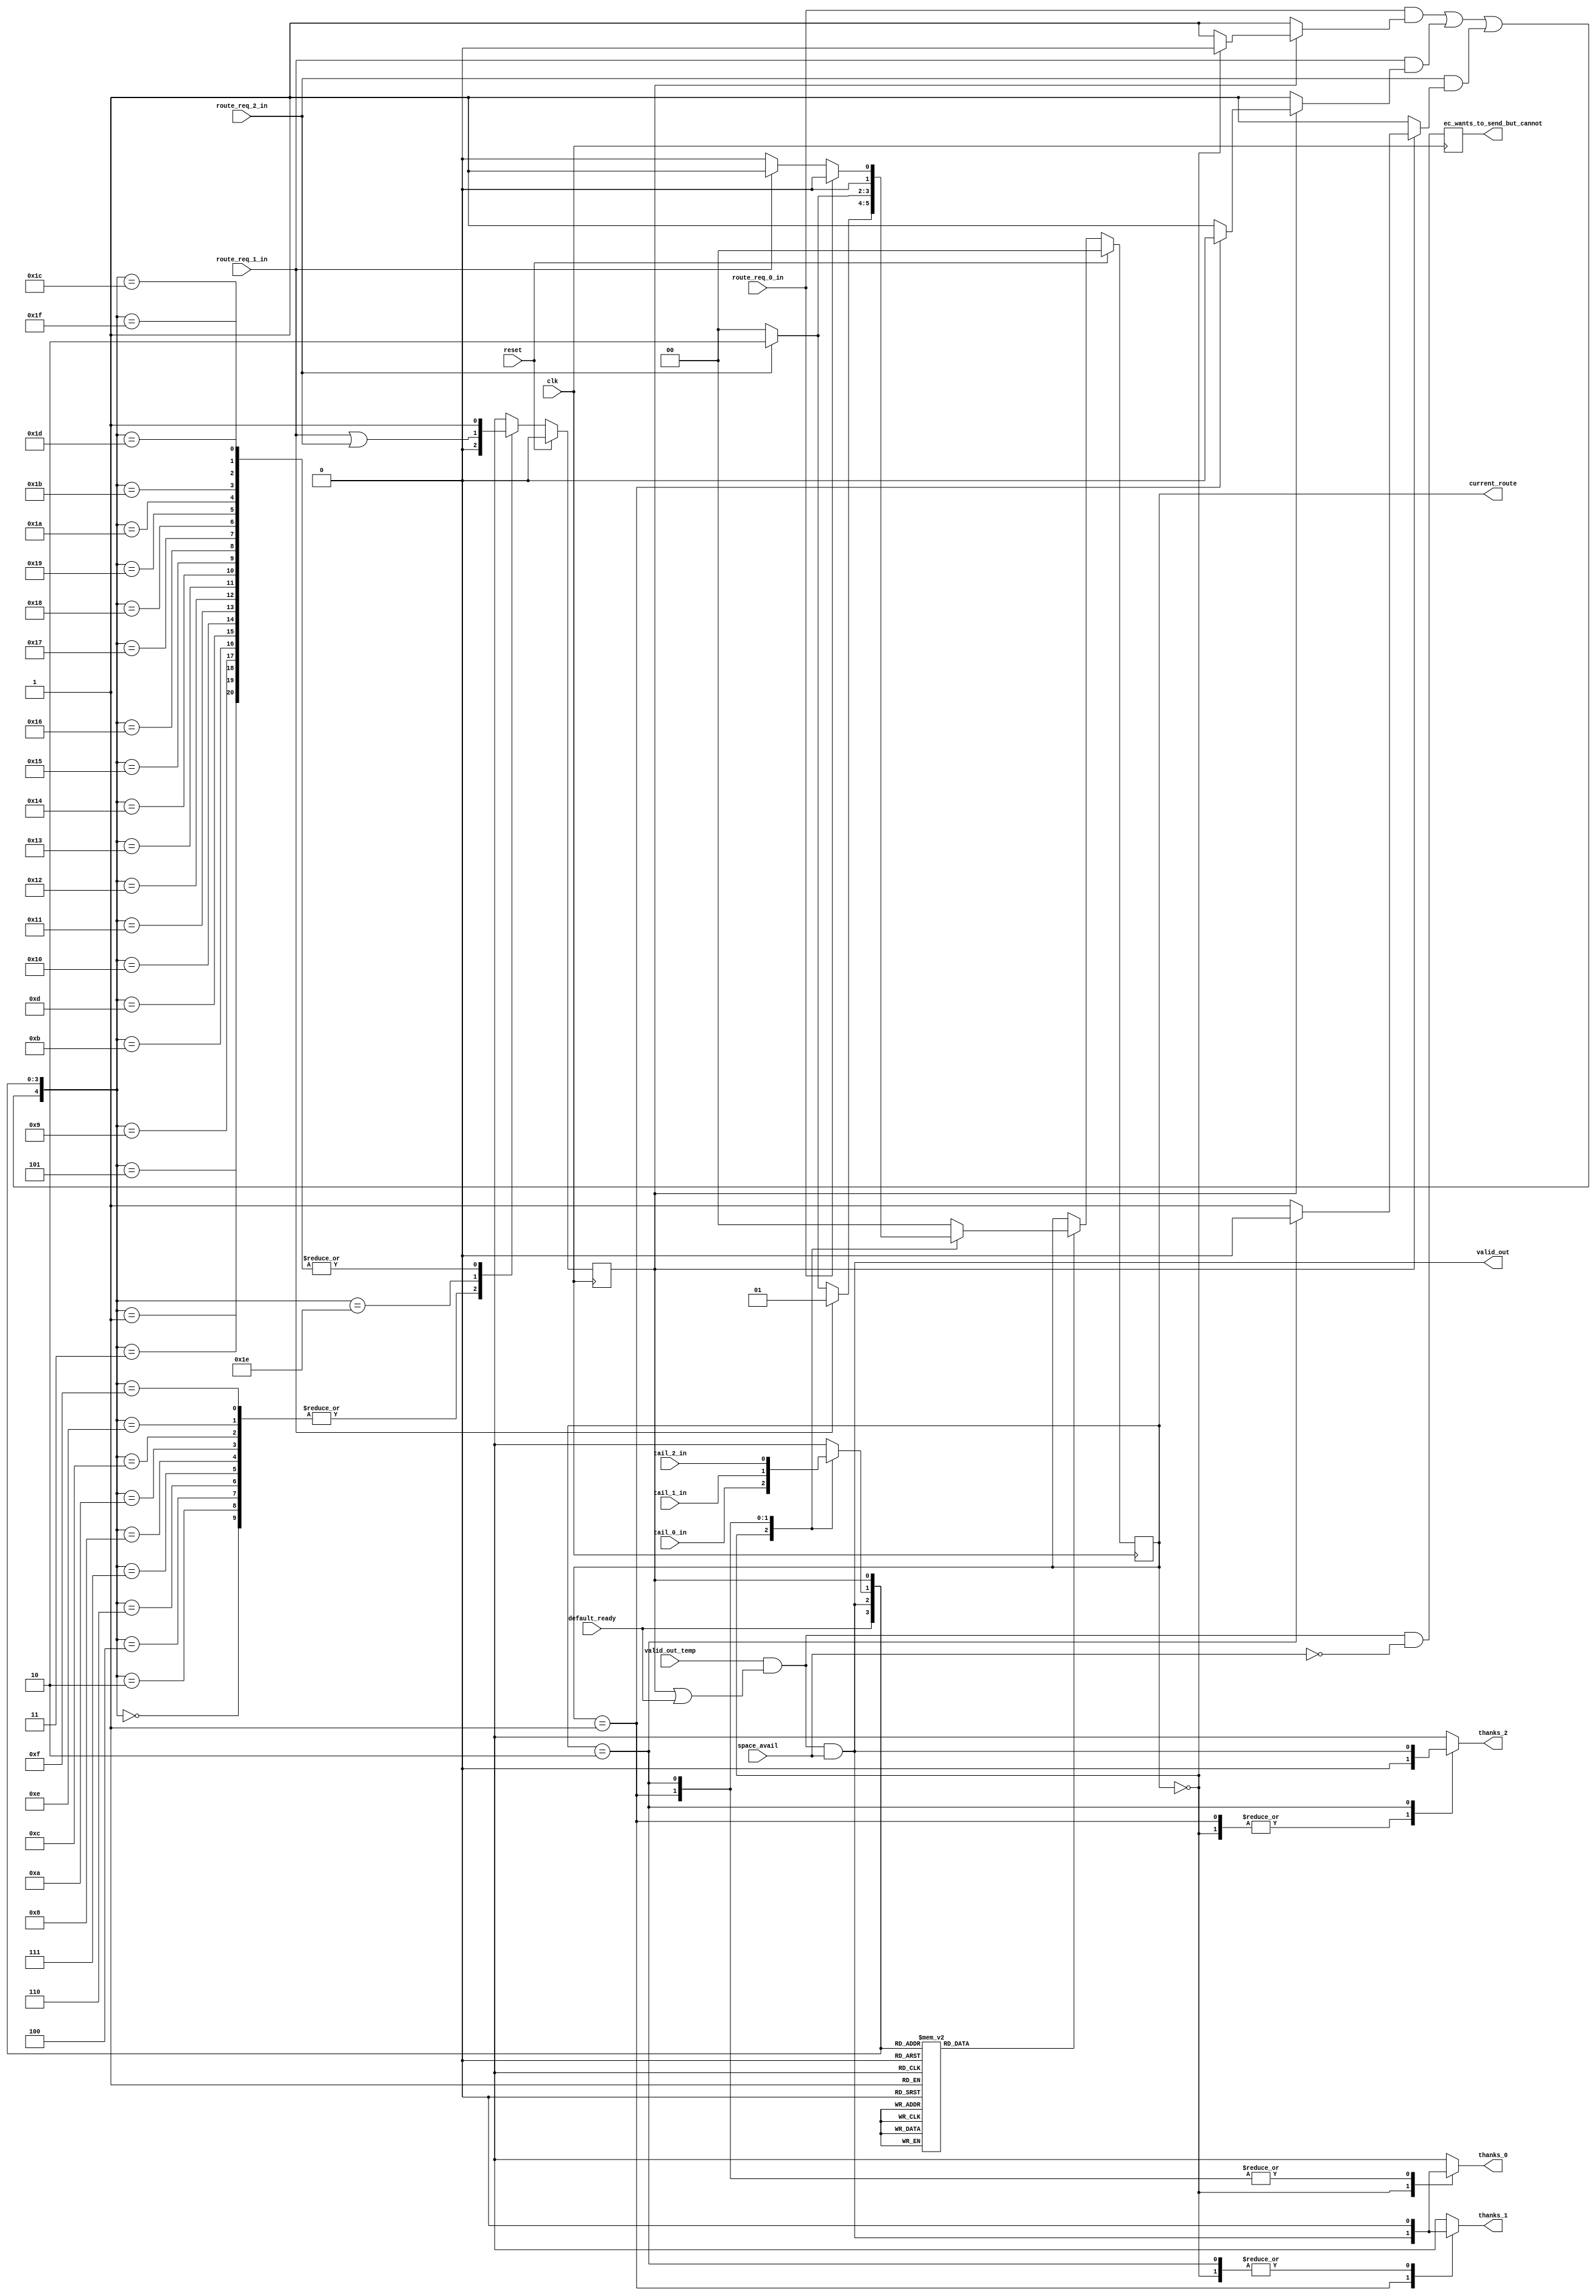
module dynamic_output_control_para(thanks_0, thanks_1, thanks_2, 
                              valid_out, current_route, ec_wants_to_send_but_cannot, clk, reset, 
                              route_req_0_in, route_req_1_in, route_req_2_in, 
                              tail_0_in, tail_1_in, tail_2_in, 
                              valid_out_temp, default_ready, space_avail);
// begin port declarations
output thanks_0;
output thanks_1;
output thanks_2;

output valid_out;

output [1:0] current_route;
output    ec_wants_to_send_but_cannot;

input clk;
input reset;

input route_req_0_in;
input route_req_1_in;
input route_req_2_in;

input tail_0_in;
input tail_1_in;
input tail_2_in;

input valid_out_temp;

input default_ready;

input space_avail;

// end port declarations

`define ROUTE_0 2'b00
`define ROUTE_1 2'b01
`define ROUTE_2 2'b10

//This is the state
reg [1:0]current_route_f;
reg planned_f;

//inputs to the state
wire [1:0] current_route_temp;

//wires
wire planned_or_default;
// wire route_req_all_or;
wire route_req_all_or_with_planned;
wire route_req_all_but_default;
wire valid_out_internal;

//wire regs
reg new_route_needed;
reg planned_temp;
reg [1:0] new_route;
reg tail_current_route;
/*reg route_req_planned;*/
reg route_req_0_mask;
reg route_req_1_mask;
reg route_req_2_mask;


//more wire regs for the thanks lines
reg thanks_0;
reg thanks_1;
reg thanks_2;

reg    ec_wants_to_send_but_cannot;

//assigns
assign planned_or_default = planned_f | default_ready;
assign valid_out_internal = valid_out_temp & planned_or_default & space_avail;

// mbt: if valid_out_interal is a critical path, we can use some "bleeder" gates to decrease the load of the ec stuff
always @(posedge clk)
  begin
     ec_wants_to_send_but_cannot <= valid_out_temp & planned_or_default & ~space_avail;
  end

/* assign route_req_all_or = route_req_a_in | route_req_b_in | route_req_c_in | route_req_d_in | route_req_x_in; */
assign current_route_temp = (new_route_needed) ? new_route : current_route_f;
assign current_route = current_route_f;
//this is everything except the currentl planned route's request

assign route_req_all_or_with_planned = (route_req_0_in & route_req_0_mask) | (route_req_1_in & route_req_1_mask) | (route_req_2_in & route_req_2_mask);
//calculates whether the nib that we are going to has space

assign route_req_all_but_default = (route_req_1_in) | (route_req_2_in);

assign valid_out = valid_out_internal;

//instantiations
//space_avail space(.valid(valid_out_internal), .clk(clk), .reset(reset), .yummy(yummy_in), .spc_avail(space_avail));
//THIS HAS BEEN MOVED to dynamic_output_top

//a mux for current_route_f's tail bit

always @ (current_route_f or tail_0_in or tail_1_in or tail_2_in)
begin
	case(current_route_f) //synopsys parallel_case
	
	`ROUTE_0:
	begin
		tail_current_route <= tail_0_in;
	end
	`ROUTE_1:
	begin
		tail_current_route <= tail_1_in;
	end
	`ROUTE_2:
	begin
		tail_current_route <= tail_2_in;
	end

	default:
	begin
		tail_current_route <= 1'bx; //This is probably dangerous, but I
					    //really need the speed here and
					    //I don't want the synthesizer to
					    //mess me up if I put a real value
					    //here
	end
	endcase
end

always @ (current_route_f or valid_out_internal)
begin
	case(current_route_f)
	/*
	//original
	`ROUTE_A:
	begin
		thanks_a <= valid_out_internal;
		thanks_b <= 1'b0;
		thanks_c <= 1'b0;
		thanks_d <= 1'b0;
		thanks_x <= 1'b0;
	end
	*/
	
	`ROUTE_0:
	begin
		thanks_0 <= valid_out_internal;
		thanks_1 <= 1'b0;
		thanks_2 <= 1'b0;
	end
	`ROUTE_1:
	begin
		thanks_0 <= 1'b0;
		thanks_1 <= valid_out_internal;
		thanks_2 <= 1'b0;
	end
	`ROUTE_2:
	begin
		thanks_0 <= 1'b0;
		thanks_1 <= 1'b0;
		thanks_2 <= valid_out_internal;
	end

	default:
	begin
	
		thanks_0 <= 1'bx;
		thanks_1 <= 1'bx;
		thanks_2 <= 1'bx;

	/*
	//original
		thanks_a <= 1'bx;
		thanks_b <= 1'bx;
		thanks_c <= 1'bx;
		thanks_d <= 1'bx;
		thanks_x <= 1'bx;
	*/
					//once again this is very dangerous
					//but I want to see the timing this
					//way and we sould never get here
	end
	endcase
end

//this is the rotating priority encoder
/*
always @(current_route_f or route_req_a_in or route_req_b_in or route_req_c_in or route_req_d_in or route_req_x_in)
begin
	case(current_route_f)
	`ROUTE_A:
	begin
		new_route <= (route_req_b_in)?`ROUTE_B:((route_req_c_in)?`ROUTE_C:((route_req_d_in)?`ROUTE_D:((route_req_x_in)?`ROUTE_X:`ROUTE_A)));
	end
	`ROUTE_B:
	begin
		new_route <= (route_req_c_in)?`ROUTE_C:((route_req_d_in)?`ROUTE_D:((route_req_x_in)?`ROUTE_X:((route_req_a_in)?`ROUTE_A:((route_req_b_in)?`ROUTE_B:`ROUTE_A))));
	end
	`ROUTE_C:
	begin
		new_route <= (route_req_d_in)?`ROUTE_D:((route_req_x_in)?`ROUTE_X:((route_req_a_in)?`ROUTE_A:((route_req_b_in)?`ROUTE_B:((route_req_c_in)?`ROUTE_C:`ROUTE_A))));
	end
	`ROUTE_D:
	begin
		new_route <= (route_req_c_in)?`ROUTE_C:((route_req_d_in)?`ROUTE_D:((route_req_x_in)?`ROUTE_X:((route_req_a_in)?`ROUTE_A:((route_req_b_in)?`ROUTE_B:`ROUTE_A))));
	end
	`ROUTE_X:
	begin
		new_route <= (route_req_x_in)?`ROUTE_X:((route_req_a_in)?`ROUTE_A:((route_req_b_in)?`ROUTE_B:((route_req_c_in)?`ROUTE_C:((route_req_d_in)?`ROUTE_D:`ROUTE_A))));
	end
	default:
	begin
		new_route <= `ROUTE_A;
			//this one I am not willing to chince on
	end
	endcase
end
*/
//end the rotating priority encoder

//this is the rotating priority encoder
always @(current_route_f or route_req_0_in or route_req_1_in or route_req_2_in)
begin
	case(current_route_f)
	/*
	//original
	`ROUTE_A:
	begin
		new_route <= (route_req_b_in)?`ROUTE_B:((route_req_c_in)?`ROUTE_C:((route_req_d_in)?`ROUTE_D:((route_req_x_in)?`ROUTE_X:`ROUTE_A)));
	end
	*/
	
	`ROUTE_0:
	begin
		new_route <= (route_req_1_in)?`ROUTE_1:((route_req_2_in)?`ROUTE_2:`ROUTE_0);
	end
	`ROUTE_1:
	begin
		new_route <= (route_req_2_in)?`ROUTE_2:((route_req_0_in)?`ROUTE_0:`ROUTE_0);
	end
	`ROUTE_2:
	begin
		new_route <= (route_req_0_in)?`ROUTE_0:((route_req_1_in)?`ROUTE_1:`ROUTE_0);
	end

	default:
	begin
		new_route <= `ROUTE_0;
			//this one I am not willing to chince on
	end
	endcase
end
//end the rotating priority encoder

always @(current_route_f or planned_f)
begin
	if(planned_f)
	begin
		case(current_route_f)
		
		`ROUTE_0:
			begin
				route_req_0_mask <= 1'b0;
				route_req_1_mask <= 1'b1;
				route_req_2_mask <= 1'b1;
			end
		`ROUTE_1:
			begin
				route_req_0_mask <= 1'b1;
				route_req_1_mask <= 1'b0;
				route_req_2_mask <= 1'b1;
			end
		`ROUTE_2:
			begin
				route_req_0_mask <= 1'b1;
				route_req_1_mask <= 1'b1;
				route_req_2_mask <= 1'b0;
			end
		default:
			begin
				route_req_0_mask <= 1'b1;
				route_req_1_mask <= 1'b1;
				route_req_2_mask <= 1'b1;
			end

		/*
		original
		`ROUTE_A:	
			begin
				route_req_a_mask <= 1'b0;
				route_req_b_mask <= 1'b1;
				route_req_c_mask <= 1'b1;
				route_req_d_mask <= 1'b1;
				route_req_x_mask <= 1'b1;
			end
		default:
			begin
				route_req_a_mask <= 1'b1;
				route_req_b_mask <= 1'b1;
				route_req_c_mask <= 1'b1;
				route_req_d_mask <= 1'b1;
				route_req_x_mask <= 1'b1;
			end
		*/
		endcase
	end
	else
	begin
	
		route_req_0_mask <= 1'b1;
		route_req_1_mask <= 1'b1;
		route_req_2_mask <= 1'b1;

	/*
	//original
		route_req_a_mask <= 1'b1;
		route_req_b_mask <= 1'b1;
		route_req_c_mask <= 1'b1;
		route_req_d_mask <= 1'b1;
		route_req_x_mask <= 1'b1;
	*/
	end
end

//calculation of new_route_needed
always @ (planned_f or tail_current_route or valid_out_internal or default_ready)
begin
	case({default_ready, valid_out_internal, tail_current_route, planned_f}) //synopsys parallel_case
	4'b0000:	new_route_needed <= 1'b1;
	4'b0001:	new_route_needed <= 1'b0;
	4'b0010:	new_route_needed <= 1'b1;
	4'b0011:	new_route_needed <= 1'b0;
	4'b0100:	new_route_needed <= 1'b0;	//This line should probably be turned to a 1 if we are to implement "Mikes fairness" schema
	4'b0101:	new_route_needed <= 1'b0;	//This line should probably be turned to a 1 if we are to implement "Mikes fairness" schema
	4'b0110:	new_route_needed <= 1'b1;
	4'b0111:	new_route_needed <= 1'b1;

	4'b1000:	new_route_needed <= 1'b1;
	4'b1001:	new_route_needed <= 1'b0;
//	4'b1010:	new_route_needed <= 1'b0;	//this is scary CHECK THIS BEFORE CHIP SHIPS
	4'b1010:	new_route_needed <= 1'b1;	//this is the case where there is a zero length message on the default route that is not being sent this cycle therefore we should let something be locked in, but it doesn't necessarily just the default route.  Remember that the default route is the last choice in the priority encoder, but if nothing else is requesting, the default route will be planned and locked in.
    //yanqiz change from 0->1
	4'b1011:	new_route_needed <= 1'b0;
	4'b1100:	new_route_needed <= 1'b0;
	4'b1101:	new_route_needed <= 1'b0;
	4'b1110:	new_route_needed <= 1'b1;
	4'b1111:	new_route_needed <= 1'b1;
	default:	new_route_needed <= 1'b1;
			//safest choice should never occur
	endcase
end

//calculation of planned_temp
//random five input function
always @ (planned_f or tail_current_route or valid_out_internal or default_ready or route_req_all_or_with_planned or route_req_all_but_default)
begin
	case({route_req_all_or_with_planned, default_ready, valid_out_internal, tail_current_route, planned_f}) //synopsys parallel_case
	5'b00000:	planned_temp <= 1'b0;
	5'b00001:	planned_temp <= 1'b1;
	5'b00010:	planned_temp <= 1'b0;
	5'b00011:	planned_temp <= 1'b1;
	5'b00100:	planned_temp <= 1'b0;	//error what did we just send
	5'b00101:	planned_temp <= 1'b1;
	5'b00110:	planned_temp <= 1'b0;	//error
	5'b00111:	planned_temp <= 1'b0;

	5'b01000:	planned_temp <= 1'b0;	//error
	5'b01001:	planned_temp <= 1'b1;
	5'b01010:	planned_temp <= 1'b0;	//This actually cannot happen
	5'b01011:	planned_temp <= 1'b1;
	5'b01100:	planned_temp <= 1'b0;	//What did we just send?
	5'b01101:	planned_temp <= 1'b1;
	5'b01110:	planned_temp <= 1'b0;	//error
	5'b01111:	planned_temp <= 1'b0;	//The default route is
						//currently planned but
						//is ending this cycle
						//and nobody else wants to go
						//This is a delayed zero length
						//message on the through route
	5'b10000:	planned_temp <= 1'b1;
	5'b10001:	planned_temp <= 1'b1;
	5'b10010:	planned_temp <= 1'b1;
	5'b10011:	planned_temp <= 1'b1;
	5'b10100:	planned_temp <= 1'b1;
	5'b10101:	planned_temp <= 1'b1;
	5'b10110:	planned_temp <= 1'b1;
	5'b10111:	planned_temp <= 1'b1;
	5'b11000:	planned_temp <= 1'b1;
	5'b11001:	planned_temp <= 1'b1;
	5'b11010:	planned_temp <= 1'b1;
	5'b11011:	planned_temp <= 1'b1;
	5'b11100:	planned_temp <= 1'b1;
	5'b11101:	planned_temp <= 1'b1;
//	5'b11110:	planned_temp <= 1'b0;	//This is wrong becasue if
						//there is a default
						//route zero length message
						//that is being sent and
						//somebody else wants to send
						//on the next cycle
	5'b11110:	planned_temp <= route_req_all_but_default;
	5'b11111:	planned_temp <= 1'b1;
	default:	planned_temp <= 1'b0;
	endcase
end

//take care of syncrhonous stuff
always @(posedge clk)
begin
	if(reset)
	begin
		current_route_f <= 3'd0;
		planned_f <= 1'd0;
	end
	else
	begin
		current_route_f <= current_route_temp;
		planned_f <= planned_temp;
	end
end

endmodule